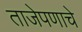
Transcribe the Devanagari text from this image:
ताजेपणाचे